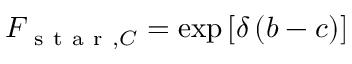
F _ { \mathrm { ~ s ~ t ~ a ~ r ~ } , C } = \exp \left[ \delta \left( b - c \right) \right]